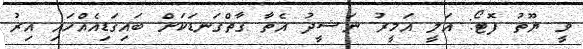
ވީ ޔޫތު ފޮޓޯ: އަލީ އަމީރު ނަޝީދު އެތާ ގާތްގަނޑަކަށް ބައިގަޑިއެއްހައި އިރު